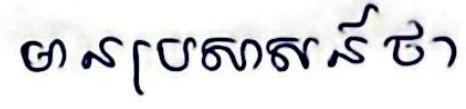
មានប្រសាសន៍ថា